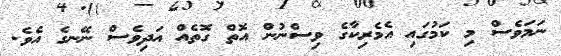
ނަމަވެސް މި ކަމުގައި އެމެރިކާގެ ވިސްނުން އޮތް ގޮތެއް އަދިވެސް ނޭނގެ އެވެ.